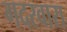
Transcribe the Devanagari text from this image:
गदरवारा